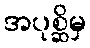
အပုစ္ဆိမှ